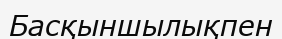
Басқыншылықпен